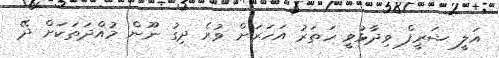
އަލީ ޝަރީފް ވިދާޅުވީ ހަތަރު އަހަރަށް ވުރެ ދިގު ނޫން މުއްދަތަކަށް ދޭ